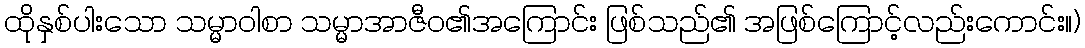
ထိုနှစ်ပါးသော သမ္မာဝါစာ သမ္မာအာဇီဝ၏အကြောင်း ဖြစ်သည်၏ အဖြစ်ကြောင့်လည်းကောင်း။)